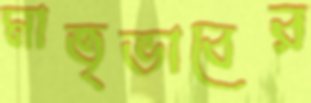
মাতৃভাবের